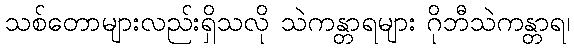
သစ်တောများလည်းရှိသလို သဲကန္တာရများ ဂိုဘီသဲကန္တာရ၊